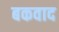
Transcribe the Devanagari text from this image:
बकवाद